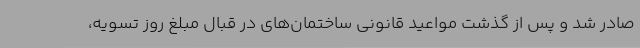
صادر شد و پس از گذشت مواعید قانونی ساختمان‌های در قبال مبلغ روز تسویه،